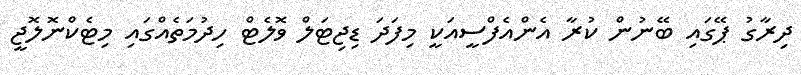
ދިރާގު ޕޭގައި ބޭނުން ކުރާ އެންއެފްސީއަކީ މިފަދަ ޑިޖިޓަލް ވޮލެޓް ހިދުމަތެއްގައި މިޓެކްނޮލޮޖީ